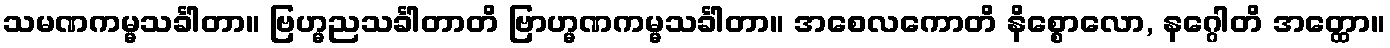
သမဏကမ္မသင်္ခါတာ။ ဗြဟ္မညသင်္ခါတာတိ ဗြာဟ္မဏကမ္မသင်္ခါတာ။ အစေလကောတိ နိစ္စောလော, နဂ္ဂေါတိ အတ္ထော။